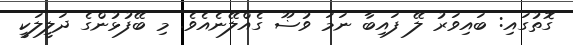
ގޮތުގައި: ބައިވަރު ލޭ ފައިބާ ނަމަ ވުޟޫ ގެއްލޭނެއެވެ. މި ބޭފުޅުންގެ ދަލީލަކީ